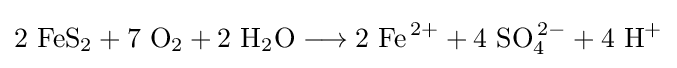
\mathrm {2\ FeS_{2}+7\ O_{2}+2\ H_{2}O\longrightarrow 2\ Fe^{\,2+}+4\ SO_{4}^{\,2-}+4\ H^{+}}